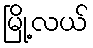
မြို့လယ်